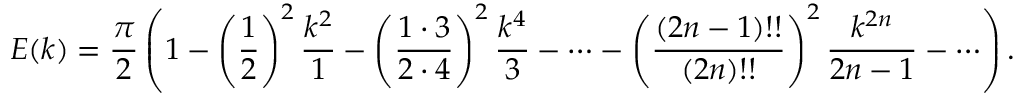
E ( k ) = { \frac { \pi } { 2 } } \left( 1 - \left( { \frac { 1 } { 2 } } \right) ^ { 2 } { \frac { k ^ { 2 } } { 1 } } - \left( { \frac { 1 \cdot 3 } { 2 \cdot 4 } } \right) ^ { 2 } { \frac { k ^ { 4 } } { 3 } } - \cdots - \left( { \frac { ( 2 n - 1 ) ! ! } { ( 2 n ) ! ! } } \right) ^ { 2 } { \frac { k ^ { 2 n } } { 2 n - 1 } } - \cdots \right) .